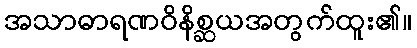
အသာဓာရဏဝိနိစ္ဆယအတွက်ထူး၏။